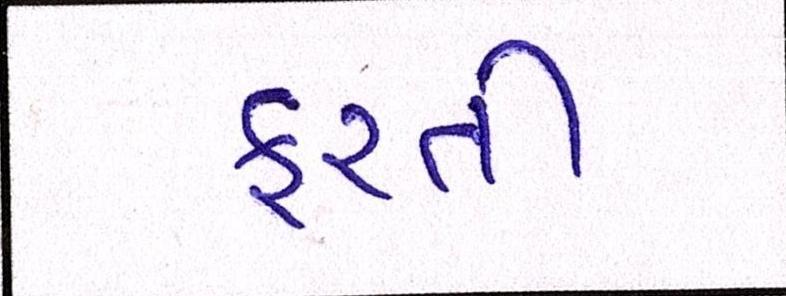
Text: ફરતી